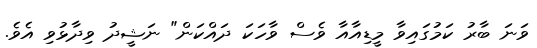
ވަނަ ބާރު ކަމުގައިވާ މީޑިއާއާ ވެސް ވާހަކަ ދައްކަން" ނަޝީދު ވިދާޅުވި އެވެ.